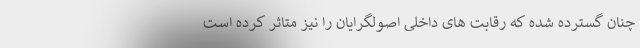
چنان گسترده شده که رقابت های داخلی اصولگرایان را نیز متاثر کرده است